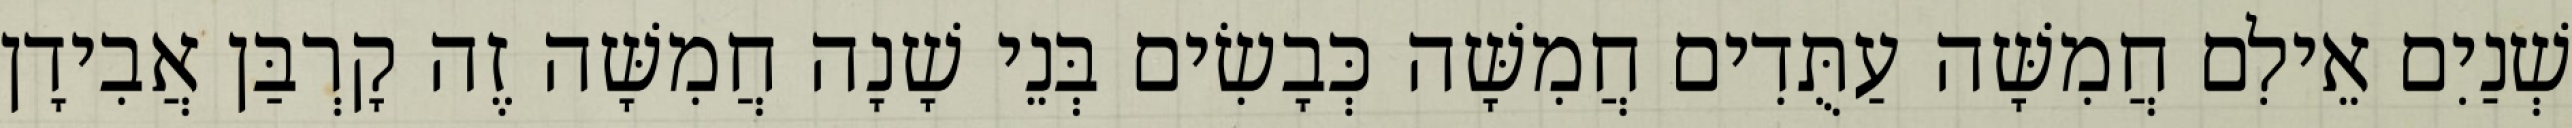
שְׁנַיִם אֵילִם חֲמִשָּׁה עַתֻּדִים חֲמִשָּׁה כְּבָשִׂים בְּנֵי שָׁנָה חֲמִשָּׁה זֶה קָרְבַּן אֲבִידָן